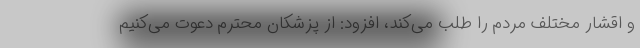
و اقشار مختلف مردم را طلب می‌کند، افزود: از پزشکان محترم دعوت می‌کنیم